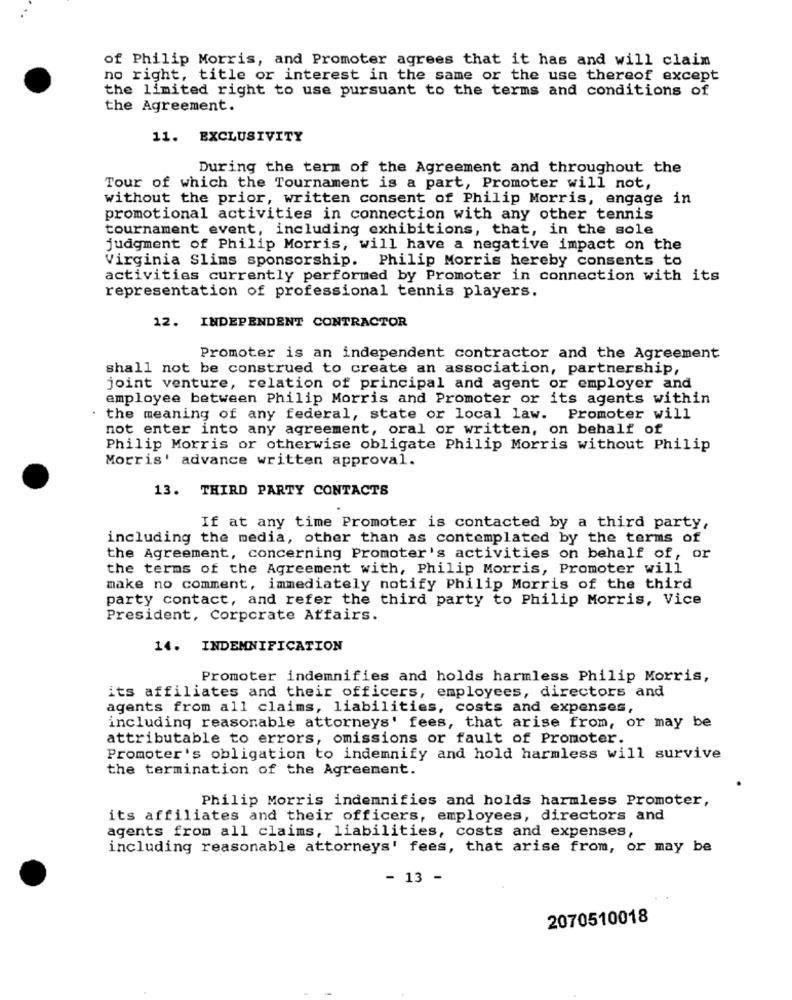
of Philip Morris, and Promoter agrees that it has and will claim
no right, title or interest in the same or the use thereof except
the limited right to use pursuant to the terms and conditions of
the Agreement.
11. EXCLUSIVITY
During the term of the Agreement and throughout the
Tour of which the Tournament is a part, Promoter will not,
without the prior, written consent of Philip Morris, engage in
promotional activities in connection with any other tennis
tournament event, including exhibitions, that, in the sole
judgment of Philip Morris, will have a negative impact on the
Virginia Slims sponsorship. Philip Morris hereby consents to
activities currently performed by Promoter in connection with its
representation of professional tennis players.
12. INDEPENDENT CONTRACTOR
Promoter is an independent contractor and the Agreement
shall not be construed to create an association, partnership,
joint venture, relation of principal and agent or employer and
employee between Philip Morris and Promoter or its agents within
· the meaning of any federal, state or local law. Promoter will
not enter into any agreement, oral or written, on behalf of
Philip Morris or otherwise obligate Philip Morris without Philip
Morris' advance written approval.
13. THIRD PARTY CONTACTS
If at any time Promoter is contacted by a third party,
including the media, other than as contemplated by the terms of
the Agreement, concerning Promoter's activities on behalf of, or
the terms of the Agreement with, Philip Morris, Promoter will
make no comment, immediately notify Philip Morris of the third
party contact, and refer the third party to Philip Morris, Vice
President, Corporate Affairs.
14. INDEMNIFICATION
Promoter indemnifies and holds harmless Philip Morris,
its affiliates and their officers, employees, directors and
agents from all claims, liabilities, costs and expenses,
including reasonable attorneys' fees, that arise from, or may be
attributable to errors, omissions or fault of Promoter.
Promoter's obligation to indemnify and hold harmless will survive
the termination of the Agreement.
Philip Morris indemnifies and holds harmless Promoter,
its affiliates and their officers, employees, directors and
agents from all claims, liabilities, costs and expenses,
including reasonable attorneys' fees, that arise from, or may be
- 13 -
2070510018